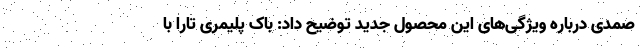
صمدی درباره ویژگی‌های این محصول جدید توضیح داد: باک پلیمری تارا با